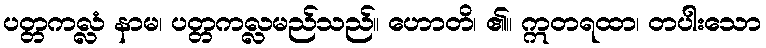
ပတ္တကလ္လံ နာမ၊ ပတ္တကလ္လမည်သည်။ ဟောတိ၊ ၏။ ဣတရထာ၊ တပါးသော